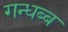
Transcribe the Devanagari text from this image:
गन्धब्ब